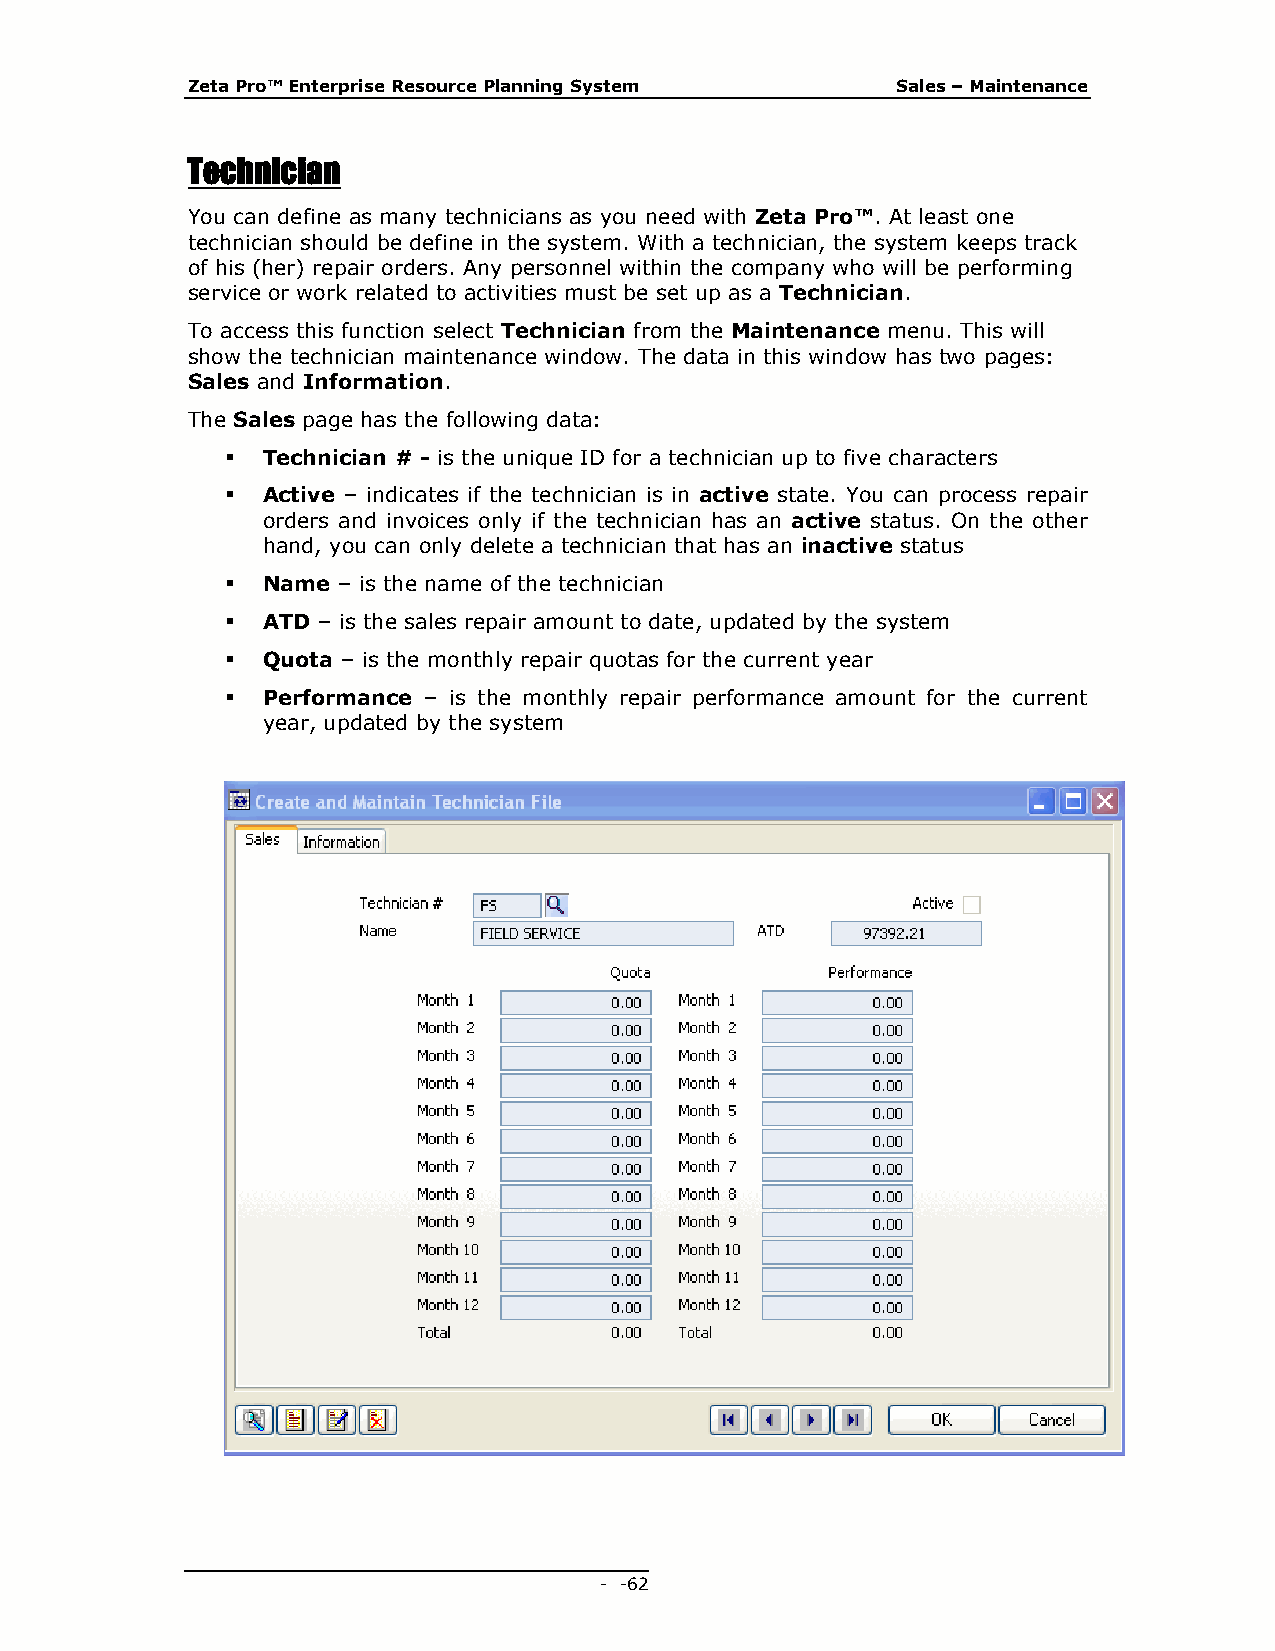
Zeta Pro™ Enterprise Resource Planning System  Sales – Maintenance
 Technician
 You can define as many technicians as you need with Zeta Pro™. At least one
 technician should be define in the system. With a technician, the system keeps track
 of his (her) repair orders. Any personnel within the company who will be performing
 service or work related to activities must be set up as a Technician.
 To access this function select Technician from the Maintenance menu. This will
 show the technician maintenance window. The data in this window has two pages:
 Sales and Information.
 The Sales page has the following data:
  Technician # - is the unique ID for a technician up to five characters
  Active – indicates if the technician is in active state. You can process repair
 orders and invoices only if the technician has an active status. On the other
 hand, you can only delete a technician that has an inactive status
  Name – is the name of the technician
  ATD – is the sales repair amount to date, updated by the system
  Quota – is the monthly repair quotas for the current year
  Performance – is the monthly repair performance amount for the current
 year, updated by the system
 - - 62